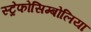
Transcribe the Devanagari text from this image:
स्ट्रेफोसिम्बोलिया